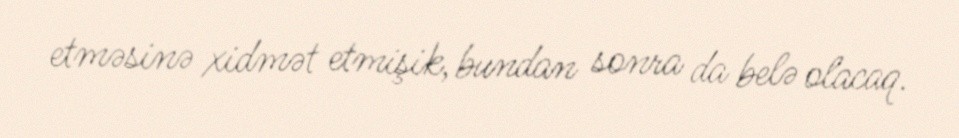
etməsinə xidmət etmişik, bundan sonra da belə olacaq.